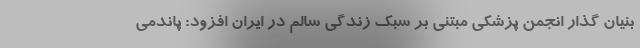
بنیان گذار انجمن پزشکی مبتنی بر سبک زندگی سالم در ایران افزود: پاندمی